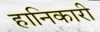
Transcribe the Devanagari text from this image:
हानिकारी